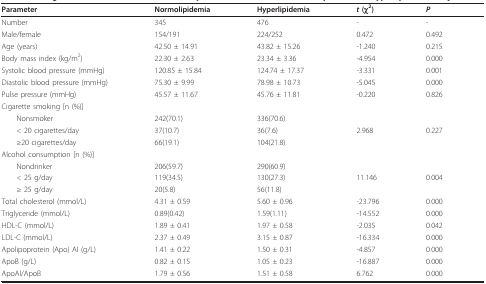
<table><thead><tr><td><b>Parameter</b></td><td><b>Normolipidemia</b></td><td><b>Hyperlipidemia</b></td><td><b><i>t </i>(χ<sup>2</sup>)</b></td><td><b><i>P</i></b></td></tr></thead><tbody><tr><td>Number</td><td>345</td><td>476</td><td>-</td><td>-</td></tr><tr><td>Male/female</td><td>154/191</td><td>224/252</td><td>0.472</td><td>0.492</td></tr><tr><td>Age (years)</td><td>42.50 ± 14.91</td><td>43.82 ± 15.26</td><td>-1.240</td><td>0.215</td></tr><tr><td>Body mass index (kg/m<sup>2</sup>)</td><td>22.30 ± 2.63</td><td>23.34 ± 3.36</td><td>-4.954</td><td>0.000</td></tr><tr><td>Systolic blood pressure (mmHg)</td><td>120.85 ± 15.84</td><td>124.74 ± 17.37</td><td>-3.331</td><td>0.001</td></tr><tr><td>Diastolic blood pressure (mmHg)</td><td>75.30 ± 9.99</td><td>78.98 ± 10.73</td><td>-5.045</td><td>0.000</td></tr><tr><td>Pulse pressure (mmHg)</td><td>45.57 ± 11.67</td><td>45.76 ± 11.81</td><td>-0.220</td><td>0.826</td></tr><tr><td>Cigarette smoking [n (%)]</td><td></td><td></td><td></td><td></td></tr><tr><td> Nonsmoker</td><td>242(70.1)</td><td>336(70.6)</td><td></td><td></td></tr><tr><td> &lt; 20 cigarettes/day</td><td>37(10.7)</td><td>36(7.6)</td><td>2.968</td><td>0.227</td></tr><tr><td> ≥20 cigarettes/day</td><td>66(19.1)</td><td>104(21.8)</td><td></td><td></td></tr><tr><td>Alcohol consumption [n (%)]</td><td></td><td></td><td></td><td></td></tr><tr><td> Nondrinker</td><td>206(59.7)</td><td>290(60.9)</td><td></td><td></td></tr><tr><td> &lt; 25 g/day</td><td>119(34.5)</td><td>130(27.3)</td><td>11.146</td><td>0.004</td></tr><tr><td> ≥ 25 g/day</td><td>20(5.8)</td><td>56(11.8)</td><td></td><td></td></tr><tr><td>Total cholesterol (mmol/L)</td><td>4.31 ± 0.59</td><td>5.60 ± 0.96</td><td>-23.796</td><td>0.000</td></tr><tr><td>Triglyceride (mmol/L)</td><td>0.89(0.42)</td><td>1.59(1.11)</td><td>-14.552</td><td>0.000</td></tr><tr><td>HDL-C (mmol/L)</td><td>1.89 ± 0.41</td><td>1.97 ± 0.58</td><td>-2.035</td><td>0.042</td></tr><tr><td>LDL-C (mmol/L)</td><td>2.37 ± 0.49</td><td>3.15 ± 0.87</td><td>-16.334</td><td>0.000</td></tr><tr><td>Apolipoprotein (Apo) AI (g/L)</td><td>1.41 ± 0.22</td><td>1.50 ± 0.31</td><td>-4.857</td><td>0.000</td></tr><tr><td>ApoB (g/L)</td><td>0.82 ± 0.15</td><td>1.05 ± 0.23</td><td>-16.887</td><td>0.000</td></tr><tr><td>ApoAI/ApoB</td><td>1.79 ± 0.56</td><td>1.51 ± 0.58</td><td>6.762</td><td>0.000</td></tr></tbody></table>